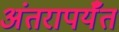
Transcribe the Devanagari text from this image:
अंतरापर्यँत